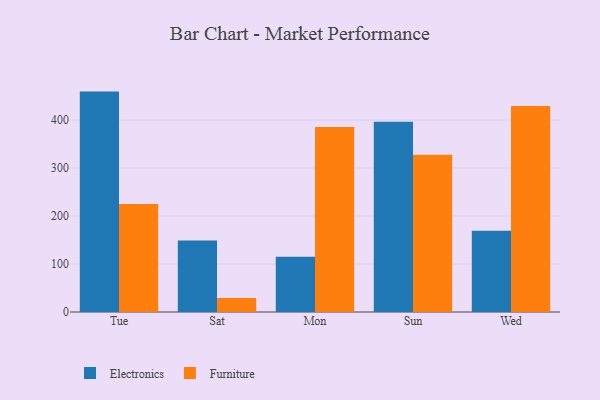
{"axis": {"x": "Day", "y": "Active Users"}, "legend": ["Electronics", "Furniture"], "data": [{"x": "Tue", "y": 459.3, "type": "Electronics"}, {"x": "Tue", "y": 225.1, "type": "Furniture"}, {"x": "Sat", "y": 149.0, "type": "Electronics"}, {"x": "Sat", "y": 29.1, "type": "Furniture"}, {"x": "Mon", "y": 115.2, "type": "Electronics"}, {"x": "Mon", "y": 385.4, "type": "Furniture"}, {"x": "Sun", "y": 396.7, "type": "Electronics"}, {"x": "Sun", "y": 327.9, "type": "Furniture"}, {"x": "Wed", "y": 169.5, "type": "Electronics"}, {"x": "Wed", "y": 429.1, "type": "Furniture"}]}